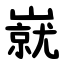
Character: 㠇